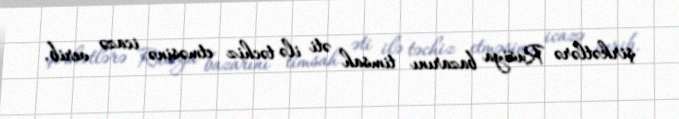
şirkətlərə Rusiya bazarını timsah əti ilə təchiz etməsinə icazə verib.